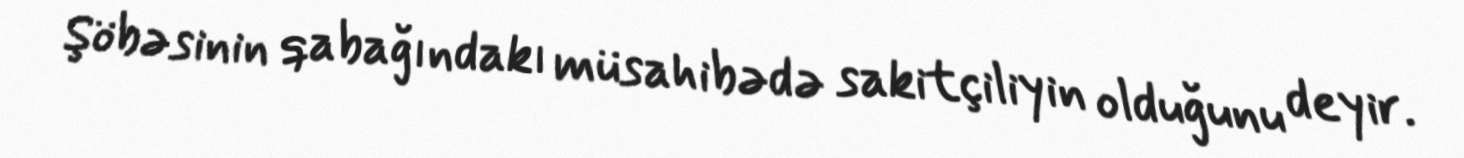
Şöbəsinin qabağındakı müsahibədə sakitçiliyin olduğunu deyir.